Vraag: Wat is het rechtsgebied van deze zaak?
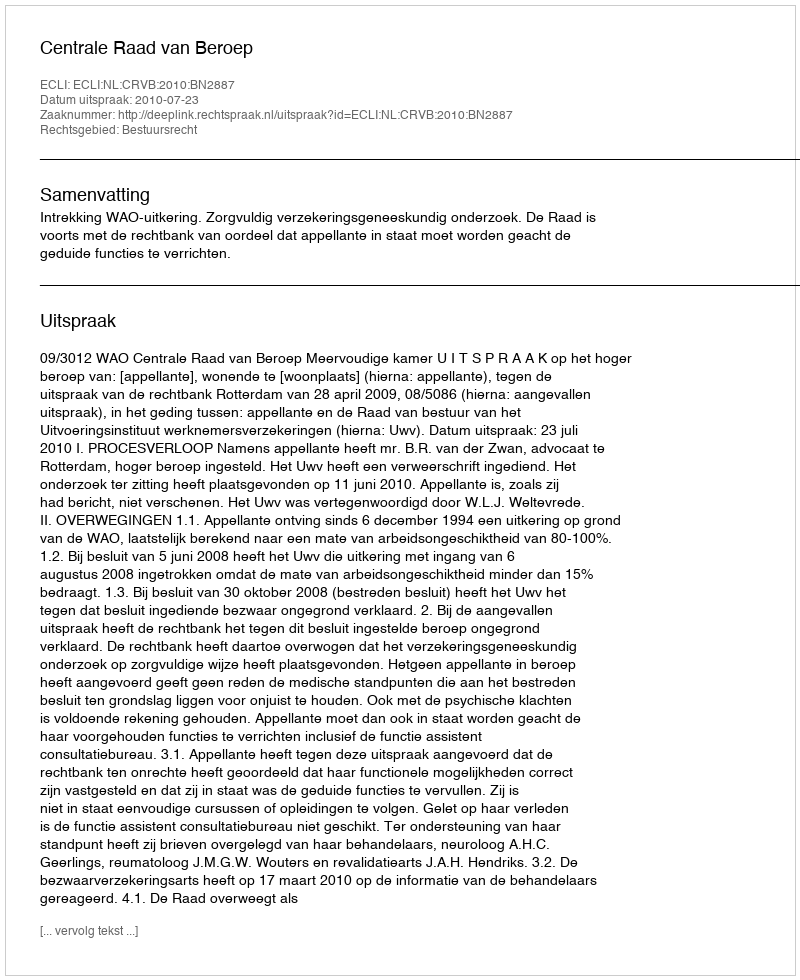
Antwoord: Bestuursrecht